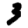
Digit: 3